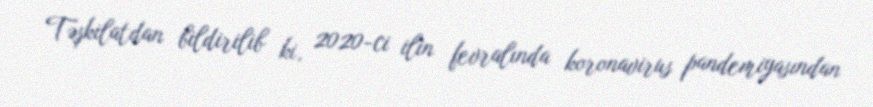
Təşkilatdan bildirilib ki, 2020-ci ilin fevralında koronavirus pandemiyasından